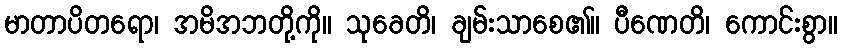
မာတာပိတရော၊ အမိအဘတို့ကို။ သုခေတိ၊ ချမ်းသာစေ၏။ ပီဏေတိ၊ ကောင်းစွာ။